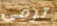
ترمى